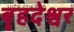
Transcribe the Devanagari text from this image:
बॄहदेश्वर